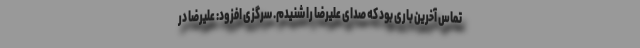
تماس آخرین باری بود که صدای علیرضا را شنیدم. سرگزی افزود: علیرضا در